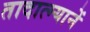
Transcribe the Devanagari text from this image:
तादात्म्यानें